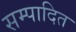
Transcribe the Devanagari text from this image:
सम्‍पादित